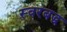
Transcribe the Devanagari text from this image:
स्‍वरबद्ध